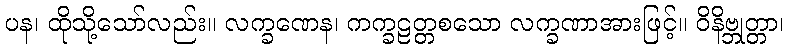
ပန၊ ထိုသို့သော်လည်း။ လက္ခဏေန၊ ကက္ခဠတ္တစသော လက္ခဏာအားဖြင့်။ ဝိနိဗ္ဘုတ္တာ၊